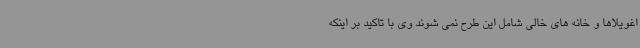
اغویلاها و خانه های خالی شامل این طرح نمی شوند وی با تاکید بر اینکه